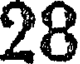
28